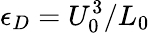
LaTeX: \epsilon_{D}=U_{0}^{3}/L_{0}